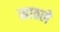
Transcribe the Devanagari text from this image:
साठले